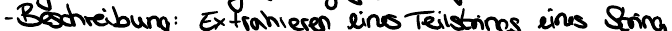
- Beschreibung: Extrahieren eines Teilstrings eines String